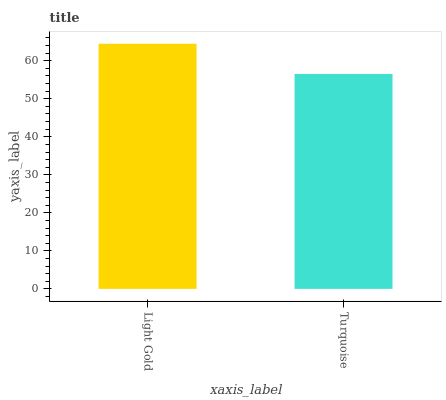
| xaxis_label | bars |
 | --- | --- |
 | Light Gold | 64.5 |
 | Turquoise | 56.5 |